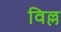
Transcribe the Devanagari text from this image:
विल्ल